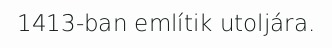
1413-ban említik utoljára.